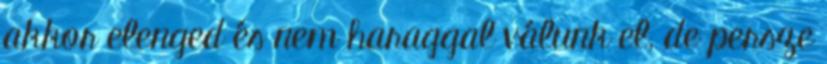
akkor elenged és nem haraggal válunk el, de persze